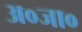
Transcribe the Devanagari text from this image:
अ०जा०